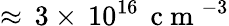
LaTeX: \approx\, 3\times\, 10^{16}\, \mathrm{~c~m~}^{-3}